Vaccination in Bombay 1863-1868 - 1863-1868
Year: 1863
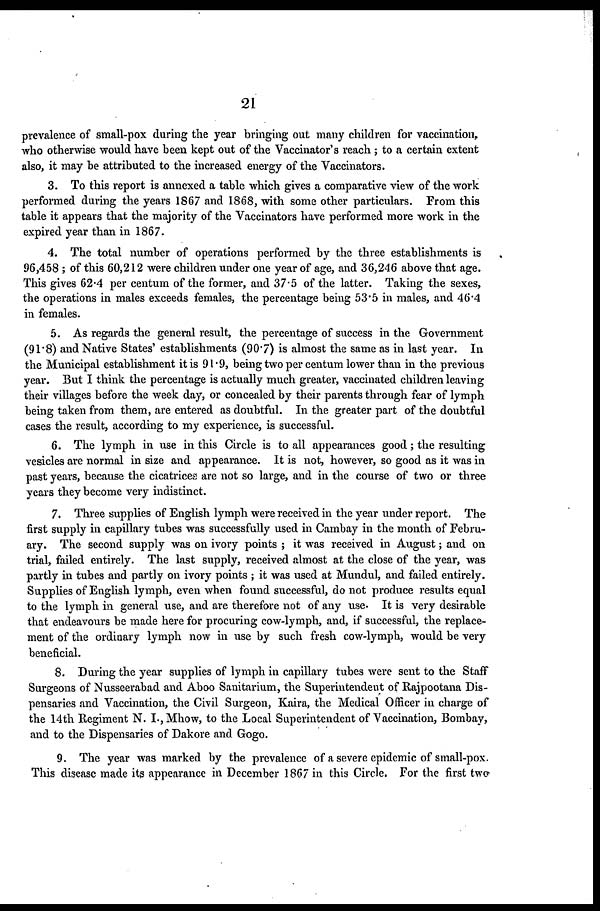
21
prevalence of small-pox during the year bringing out many children for vaccination,
who otherwise would have been kept out of the Vaccinator's reach ; to a certain extent
also, it may be attributed to the increased energy of the Vaccinators.
3. To this report is annexed a table which gives a comparative view of the work
performed during the years 1867 and 1868, with some other particulars. From this
table it appears that the majority of the Vaccinators have performed more work in the
expired year than in 1867.
4. The total number of operations performed by the three establishments is
96,458 ; of this 60,212 were children under one year of age, and 36,246 above that age.
This gives 62.4 per centum of the former, and 37.5 of the latter. Taking the sexes,
the operations in males exceeds females, the percentage being 53.5 in males, and 46.4
in females.
5. As regards the general result, the percentage of success in the Government
(91.8) and Native States' establishments (90.7) is almost the same as in last year. In
the Municipal establishment it is 91.9, being two per centum lower than in the previous
year. But I think the percentage is actually much greater, vaccinated children leaving
their villages before the week day, or concealed by their parents through fear of lymph
being taken from them, are entered as doubtful. In the greater part of the doubtful
cases the result, according to my experience, is successful.
6. The lymph in use in this Circle is to all appearances good; the resulting
vesicles are normal in size and appearance. It is not, however, so good as it was in
past years, because the cicatrices are not so large, and in the course of two or three
years they become very indistinct.
7. Three supplies of English lymph were received in the year under report. The
first supply in capillary tubes was successfully used in Cambay in the month of Febru-
ary. The second supply was on ivory points ; it was received in August; and on
trial, failed entirely. The last supply, received almost at the close of the year, was
partly in tubes and partly on ivory points ; it was used at Mundul, and failed entirely.
Supplies of English lymph, even when found successful, do not produce results equal
to the lymph in general use, and are therefore not of any use. It is very desirable
that endeavours be made here for procuring cow-lymph, and, if successful, the replace-
ment of the ordinary lymph now in use by such fresh cow-lymph, would be very
beneficial.
8. During the year supplies of lymph in capillary tubes were sent to the Staff
Surgeons of Nusseerabad and Aboo Sanitarium, the Superintendent of Rajpootana Dis-
pensaries and Vaccination, the Civil Surgeon, Kaira, the Medical Officer in charge of
the 14th Regiment N. I., Mhow, to the Local Superintendent of Vaccination, Bombay,
and to the Dispensaries of Dakore and Gogo.
9. The year was marked by the prevalence of a severe epidemic of small-pox.
This disease made its appearance in December 1867 in this Circle. For the first two